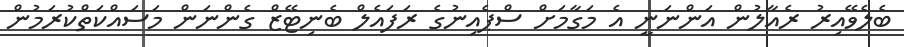
ބެލެވޭއިރު ރެއާލުން އަންނަނީ އެ މަގާމަށް ސްޕެއިނުގެ ރަފައެލް ބެނިޓޭޒް ގެންނަން މަސައްކަތްކުރަމުން